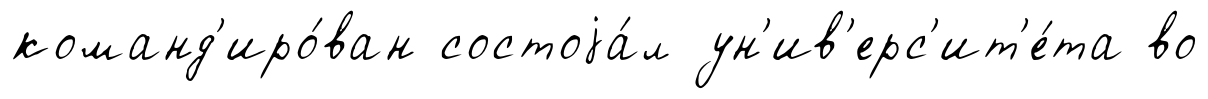
команд'иро́ван состоjа́л ун'ив'ерс'ит'е́та во